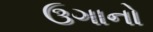
ઉગાનો